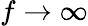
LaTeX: f\rightarrow\infty